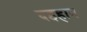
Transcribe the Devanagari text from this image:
दइहान